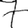
Digit: 7